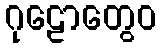
ဂုဠောတွေဝ